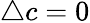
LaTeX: \triangle c=0